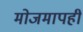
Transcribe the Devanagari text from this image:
मोजमापही